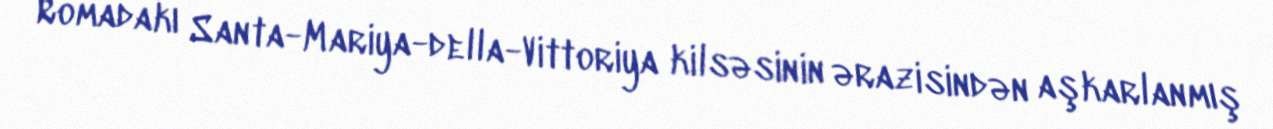
Romadakı Santa-Mariya-della-Vittoriya kilsəsinin ərazisindən aşkarlanmış